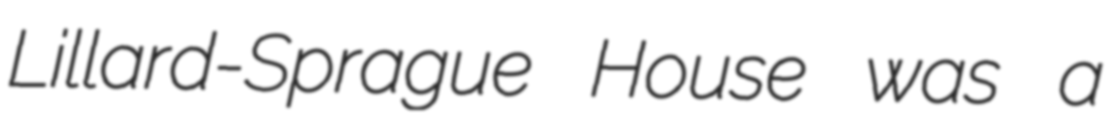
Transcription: Lillard-Sprague House was a